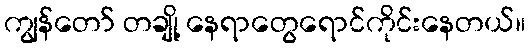
ကျွန်တော် တချို့ နေရာတွေရောင်ကိုင်းနေတယ်။